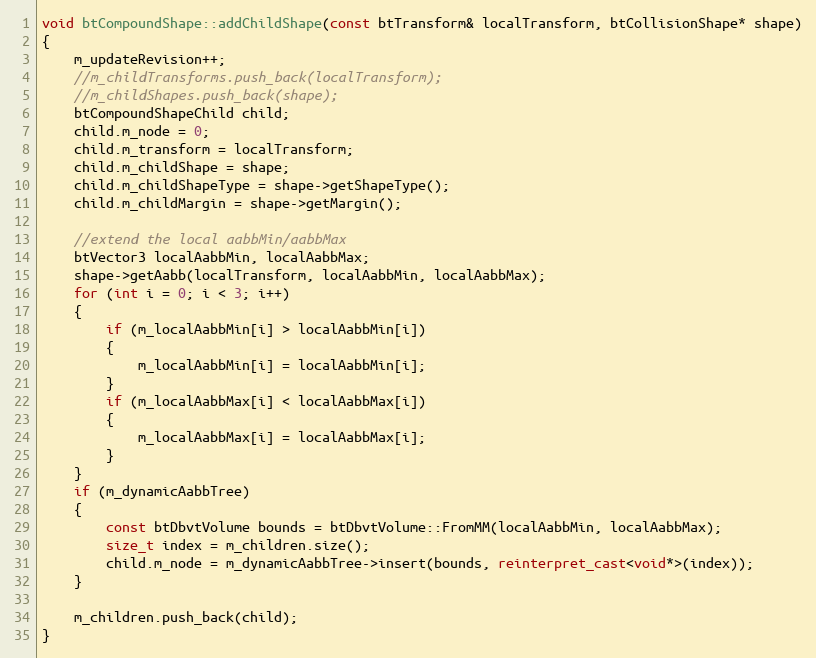
Language: C++
void btCompoundShape::addChildShape(const btTransform& localTransform, btCollisionShape* shape)
{
	m_updateRevision++;
	//m_childTransforms.push_back(localTransform);
	//m_childShapes.push_back(shape);
	btCompoundShapeChild child;
	child.m_node = 0;
	child.m_transform = localTransform;
	child.m_childShape = shape;
	child.m_childShapeType = shape->getShapeType();
	child.m_childMargin = shape->getMargin();

	//extend the local aabbMin/aabbMax
	btVector3 localAabbMin, localAabbMax;
	shape->getAabb(localTransform, localAabbMin, localAabbMax);
	for (int i = 0; i < 3; i++)
	{
		if (m_localAabbMin[i] > localAabbMin[i])
		{
			m_localAabbMin[i] = localAabbMin[i];
		}
		if (m_localAabbMax[i] < localAabbMax[i])
		{
			m_localAabbMax[i] = localAabbMax[i];
		}
	}
	if (m_dynamicAabbTree)
	{
		const btDbvtVolume bounds = btDbvtVolume::FromMM(localAabbMin, localAabbMax);
		size_t index = m_children.size();
		child.m_node = m_dynamicAabbTree->insert(bounds, reinterpret_cast<void*>(index));
	}

	m_children.push_back(child);
}